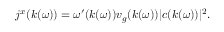
j ^ { x } ( k ( \omega ) ) = \omega ^ { \prime } ( k ( \omega ) ) v _ { g } ( k ( \omega ) ) | c ( k ( \omega ) ) | ^ { 2 } .